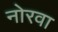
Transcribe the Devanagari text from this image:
नोरवा